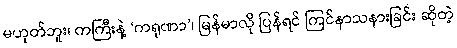
မဟုတ်ဘူး၊ ကကြီးနဲ့ ‘ကရုဏာ’၊ မြန်မာလို ပြန်ရင် ကြင်နာသနားခြင်း ဆိုတဲ့